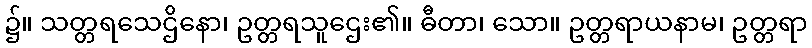
၌။ သတ္တရသေဌိနော၊ ဥတ္တရသူဌေး၏။ ဓီတာ၊ သော။ ဥတ္တရာယနာမ၊ ဥတ္တရာ